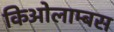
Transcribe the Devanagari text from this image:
किओलाम्बस